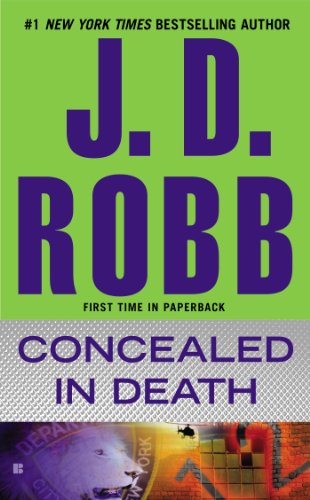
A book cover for Concealed in Death; J. D. Robb; Romance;